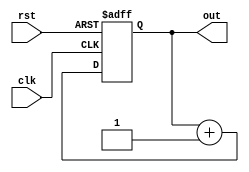
module Counter (

    input  wire         clk,
    input  wire         rst,
    output reg  [4:0]   out
);

//asynchronous reset
always @(posedge clk or negedge rst) begin
  if(!rst) begin
    out <= 'b0;
  end
  else begin
    out <= out + 1;
  end
end
endmodule